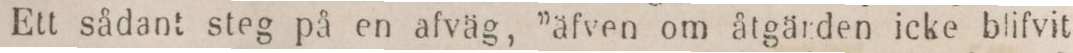
Ett sådant steg på en afväg, ”äfven om åtgärden icke blifvit